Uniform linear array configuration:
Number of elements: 16
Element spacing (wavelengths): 1
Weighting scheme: kaiser
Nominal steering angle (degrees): -60
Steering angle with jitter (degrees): -58.563
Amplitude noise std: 0.05
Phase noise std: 0.05

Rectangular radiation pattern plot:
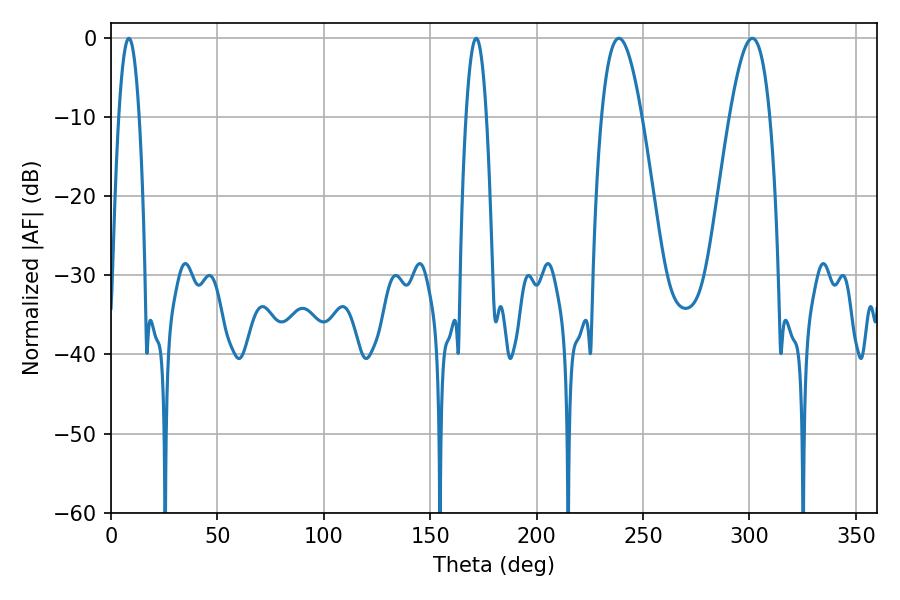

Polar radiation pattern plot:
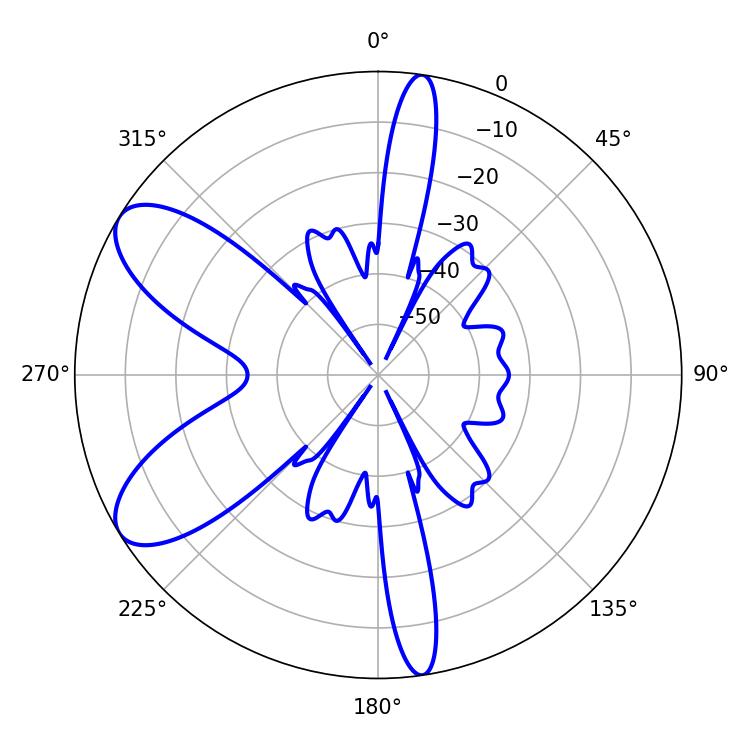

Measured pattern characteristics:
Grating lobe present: TRUE
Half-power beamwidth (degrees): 10.44
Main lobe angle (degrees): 238.68